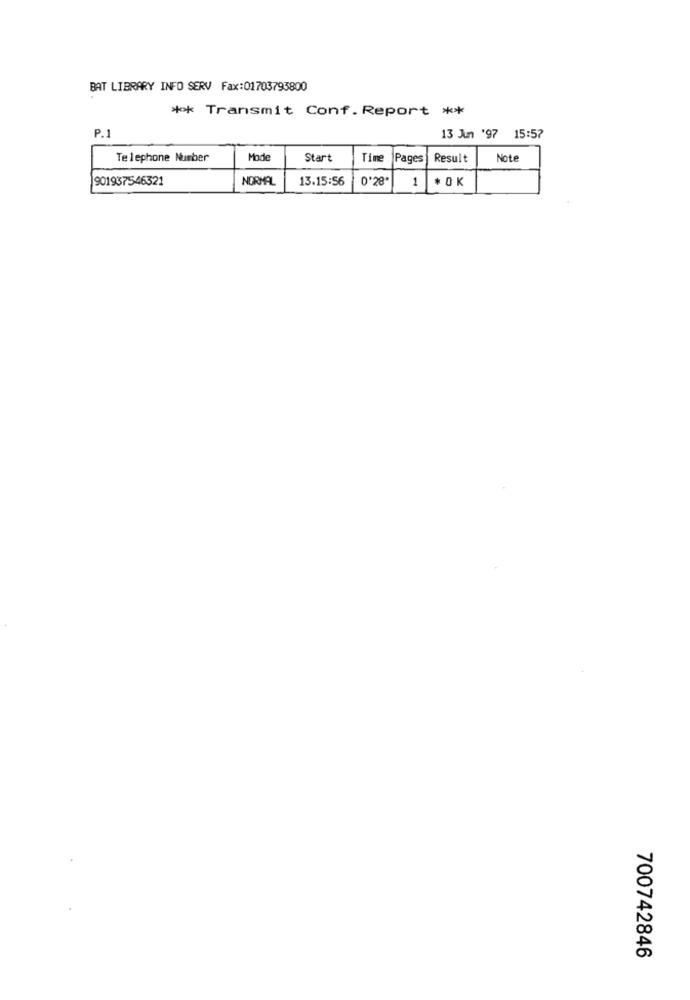
BAT LIBRARY INFO SERV Fax:01703793800
** Transmit Conf. Report **
P.1
13 Jun '97 15:57
Telephone Number
Mode
Start
Time
Pages
Result
Note
901937546321
NORMAL
13.15:56
0'28
1
* OK
700742846